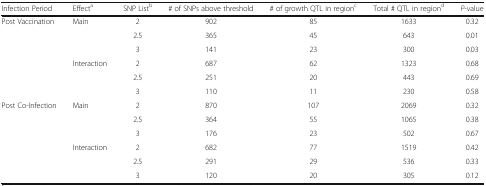
| Infection Period | Effecta | SNP Listb | # of SNPs above threshold | # of growth QTL in regionc | Total # QTL in regiond | P-value |
 | --- | --- | --- | --- | --- | --- | --- |
 | <ROWSPAN=6> Post Vaccination | <ROWSPAN=3> Main | 2 | 902 | 85 | 1633 | 0.32 |
 | 2.5 | 365 | 45 | 643 | 0.01 |
 | 3 | 141 | 23 | 300 | 0.03 |
 | <ROWSPAN=3> Interaction | 2 | 687 | 62 | 1323 | 0.68 |
 | 2.5 | 251 | 20 | 443 | 0.69 |
 | 3 | 110 | 11 | 230 | 0.58 |
 | <ROWSPAN=6> Post Co-Infection | <ROWSPAN=3> Main | 2 | 870 | 107 | 2069 | 0.32 |
 | 2.5 | 364 | 55 | 1065 | 0.38 |
 | 3 | 176 | 23 | 502 | 0.67 |
 | <ROWSPAN=3> Interaction | 2 | 682 | 77 | 1519 | 0.42 |
 | 2.5 | 291 | 29 | 536 | 0.33 |
 | 3 | 120 | 20 | 305 | 0.12 |